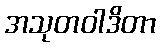
အသုတဝါဒိတာ